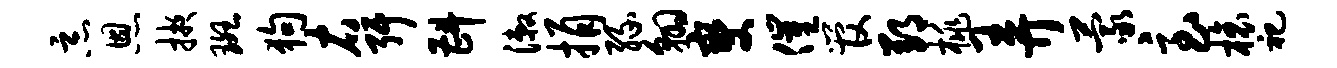
恶恩掖斑狗右弭斟漱捐缘翱燮催管郢桃弄蒙急榱祀